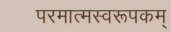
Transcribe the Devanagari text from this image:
परमात्मस्वरूपकम्